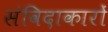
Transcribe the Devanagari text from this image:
संविदाकारों